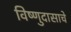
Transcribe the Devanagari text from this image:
विष्णुदासाचे